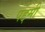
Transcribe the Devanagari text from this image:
पद्दमी